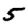
Digit: 5